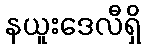
နယူးဒေလီရှိ